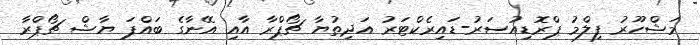
މަޝްހޫރު ފިލްމު ޕްރޮޑިއުސަރު-ޑައިރެކްޓަރު އަދިތުޔާ ޗޯޕްރާ އާއި އޭނާގެ ބައްޕަ ޔާޝް ޗޯޕްރާ